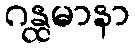
ဂန္ထမာနာ